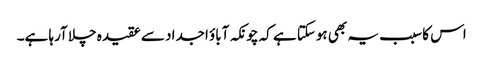
اس کا سبب یہ بھی ہوسکتا ہے کہ چونکہ آباؤ اجداد سے عقیدہ چلا آرہا ہے۔